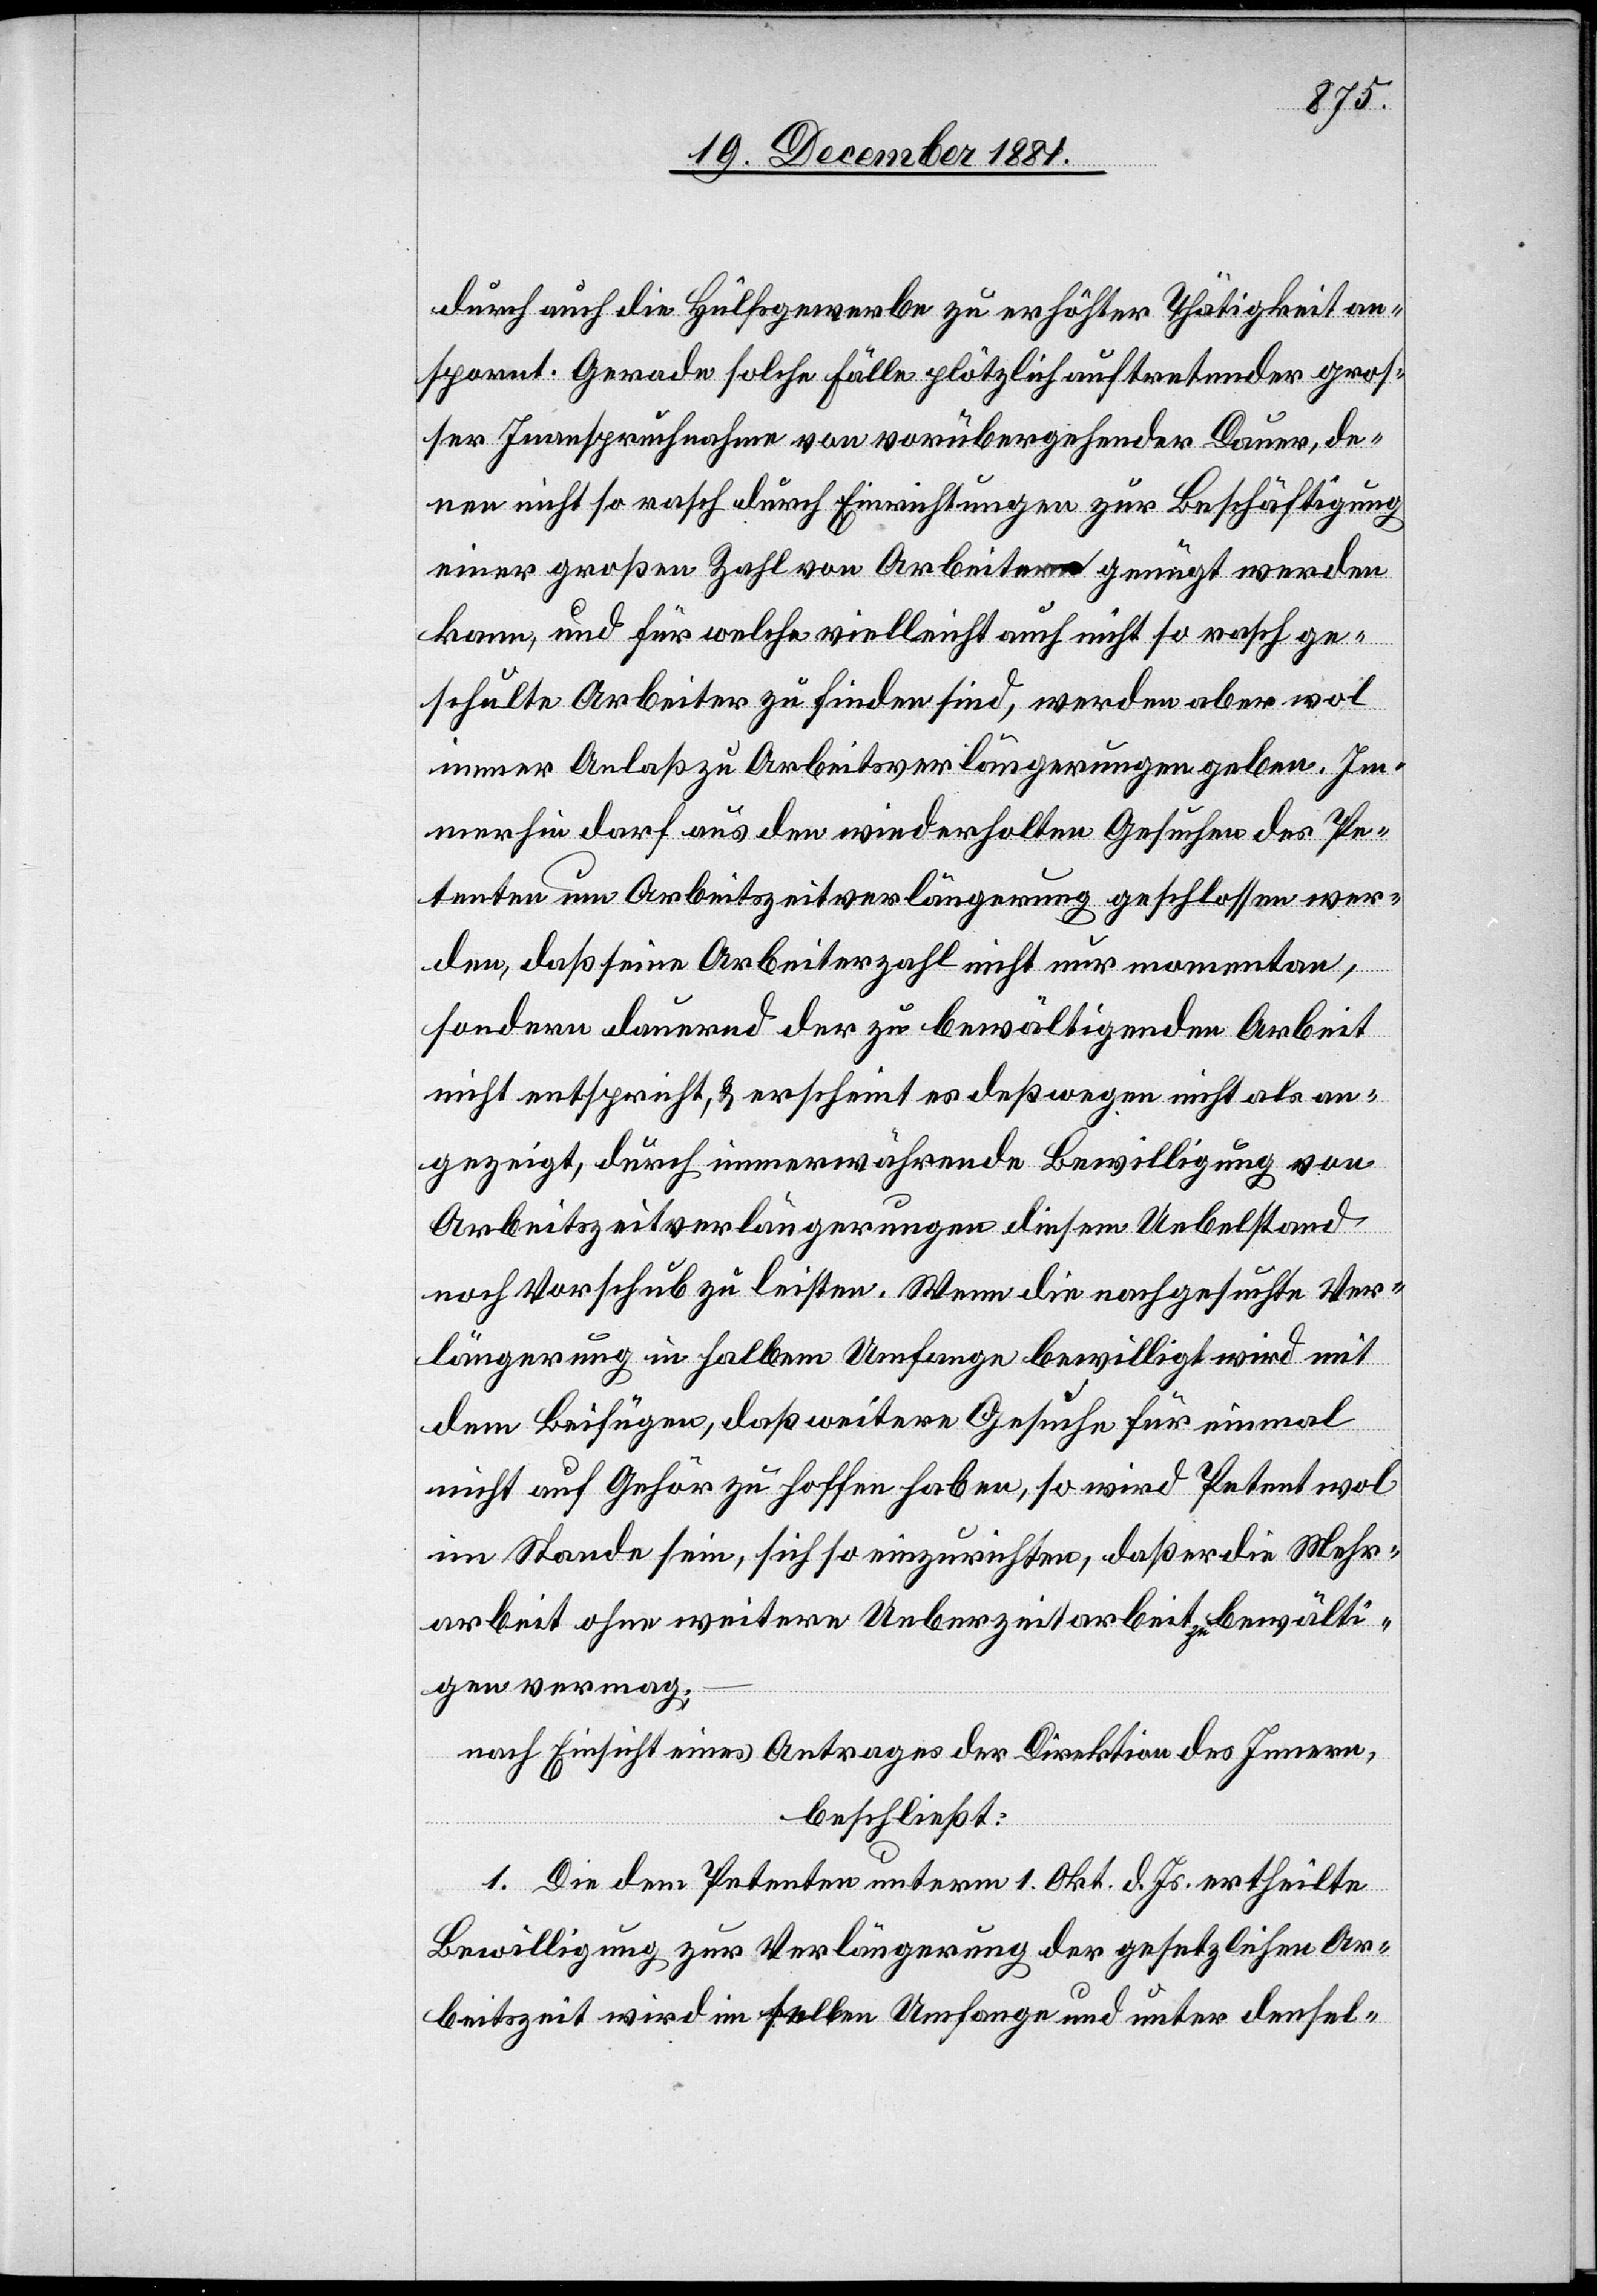
durch auch die Hülfsgewerbe zu erhöhter Thätigkeit an¬
spornt. Gerade solche Fälle plötzlich auftretender gros¬
ser Inanspruchnahme von vorübergehender Dauer, de¬
nen nicht so rasch durch Einrichtungen zur Beschäftigung
einer großen Zahl von Arbeitern genügt werden
kann, und für welche vielleicht auch nicht so rasch ge¬
schulte Arbeiter zu finden sind, werden aber wol
immer Anlaß zu Arbeitsverlängerungen geben. Im¬
merhin darf aus den wiederholten Gesuchen des Pe¬
tenten um Arbeitszeitverlängerung geschlossen wer¬
den, daß seine Arbeiterzahl nicht nur momentan,
sondern dauernd der zu bewältigenden Arbeit
nicht entspricht, & erscheint es deßwegen nicht als an¬
gezeigt, durch, immerwährende Bewilligung von
Arbeitszeitverlängerungen diesem Uebelstand
noch Vorschub zu leisten. Wenn die nachgesuchte Ver¬
längerung in halbem Umfange bewilligt wird mit
dem Beifügen, daß weitere Gesuche für einmal
nicht auf Gehör zu hoffen haben, so wird Petent wol
im Stande sein, sich so einzurichten, daß er die Mehr¬
arbeit ohne weitere Ueberzeitarbeit zu bewälti¬
gen vermag;
nach Einsicht eines Antrages der Direktion des Innern,
beschließt:
1. Die dem Petenten unterm 1. Okt. d. Js. ertheilte
Bewilligung zur Verlängerung der gesetzlichen Ar¬
beitszeit wird im selben Umfange und unter densel-